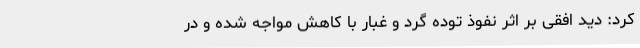
‌کرد: دید افقی بر اثر نفوذ توده گرد و غبار با کاهش مواجه شده و در